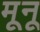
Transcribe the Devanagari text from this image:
मूनू